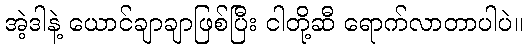
အဲ့ဒါနဲ့ ယောင်ချာချာဖြစ်ပြီး ငါတို့ဆီ ရောက်လာတာပါပဲ။